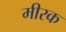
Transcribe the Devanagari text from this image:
मीरक